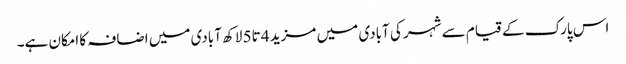
اس پارک کے قیام سے شہر کی آبادی میں مزید 4 تا5 لاکھ آبادی میں اضافہ کا امکان ہے۔